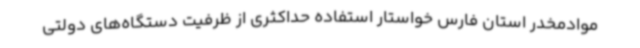
موادمخدر استان فارس خواستار استفاده حداکثری از ظرفیت دستگاه‌های دولتی